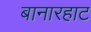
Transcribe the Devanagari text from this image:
बानारहाट